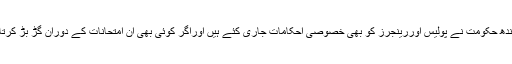
اس موقع پرکسی بھی صورتحال سے نمٹنے کے لئے سندھ حکومت نے پولیس اوررینجرز کو بھی خصوصی احکامات جاری کئے ہیں اوراگر کوئی بھی ان امتحانات کے دوران گڑ بڑ کرتا پایا گیا تو اس کے خلاف مقدمہ بھی درج کی جائے گا۔